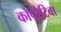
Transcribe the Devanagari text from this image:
कोपेरेटिवा